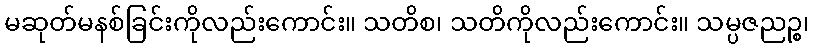
မဆုတ်မနစ်ခြင်းကိုလည်းကောင်း။ သတိစ၊ သတိကိုလည်းကောင်း။ သမ္ပဇညဉ္စ၊